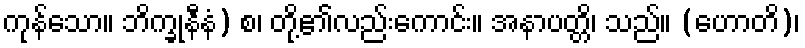
ကုန်သော။ ဘိက္ခုနီနံ) စ၊ တို့၏လည်းကောင်း။ အနာပတ္တိ၊ သည်။ (ဟောတိ)၊